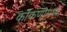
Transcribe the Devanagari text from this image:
कोंकणीमध्ये